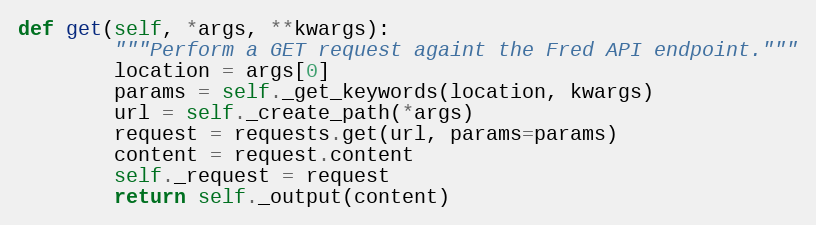
Language: Python
def get(self, *args, **kwargs):
        """Perform a GET request againt the Fred API endpoint."""
        location = args[0]
        params = self._get_keywords(location, kwargs)
        url = self._create_path(*args)
        request = requests.get(url, params=params)
        content = request.content
        self._request = request
        return self._output(content)